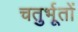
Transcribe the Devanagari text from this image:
चतुर्भूतों